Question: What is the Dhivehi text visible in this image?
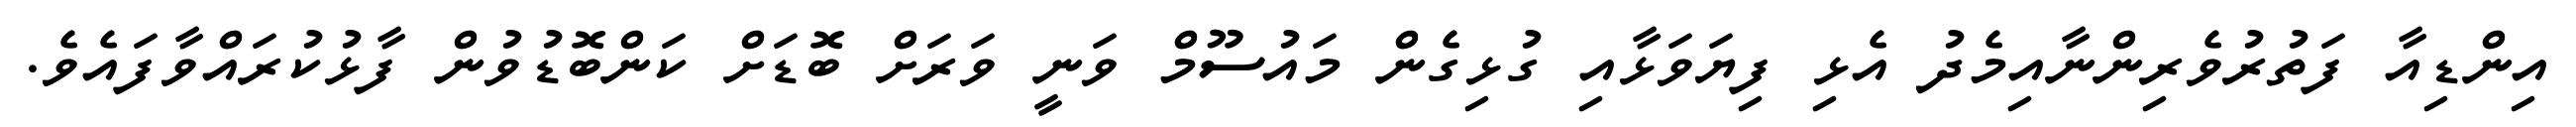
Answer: އިންޑިއާ ފަތުރުވެރިންނާއިމެދު އެޅި ފިޔަވަޅާއި ގުޅިގެން މައުސޫމް ވަނީ ވަރަށް ބޮޑަށް ކަންބޮޑުވުން ފާޅުކުރައްވާފައެވެ.